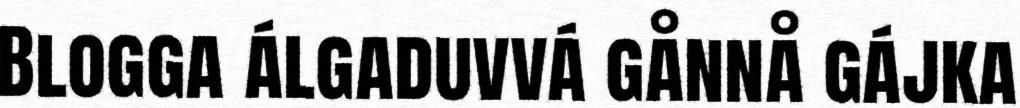
Blogga álgaduvvá gånnå gájka